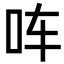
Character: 𪠳